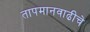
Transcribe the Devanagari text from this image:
तापमानवाढीचे